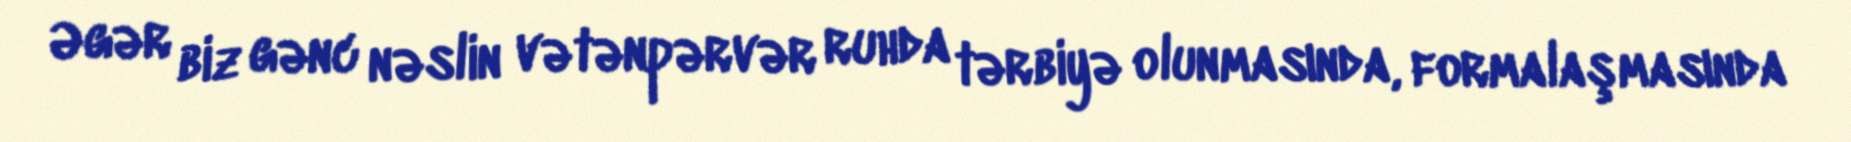
Əgər biz gənc nəslin vətənpərvər ruhda tərbiyə olunmasında, formalaşmasında